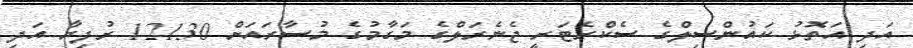
އަދި އަތޮޅު ކައުންސިލްގެ ސެކްރެޓަރީ ޖެނެރަލްގެ މަގާމުގެ މުސާރައަށް 12130 ރުފިޔާ އަދި